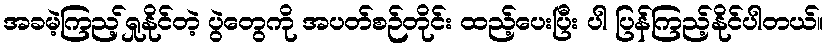
အခမဲ့ကြည့်ရှုနိုင်တဲ့ ပွဲတွေကို အပတ်စဉ်တိုင်း ထည့်ပေးပြီး ပါ ပြန်ကြည့်နိုင်ပါတယ်။